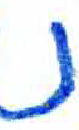
אות: נ